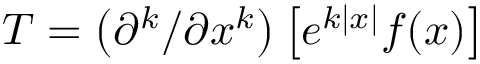
T = \left( { \partial } ^ { k } / \partial x ^ { k } \right) \left[ e ^ { k | x | } f ( x ) \right]